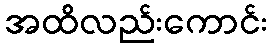
အထိလည်းကောင်း